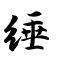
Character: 缍